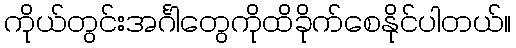
ကိုယ်တွင်းအင်္ဂါတွေကိုထိခိုက်စေနိုင်ပါတယ်။